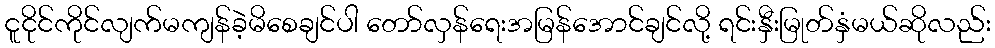
ငူငိုင်ကိုင်လျက်မကျန်ခဲ့မိစေချင်ပါ တော်လှန်ရေးအမြန်အောင်ချင်လို့ ရင်းနှီးမြုတ်နှံမယ်ဆိုလည်း